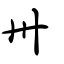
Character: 卅